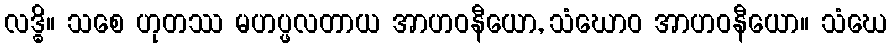
လဒ္ဓိ။ သစေ ဟုတဿ မဟပ္ဖလတာယ အာဟဝနီယော, သံဃောဝ အာဟဝနီယော။ သံဃေ